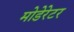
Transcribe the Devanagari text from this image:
मोडेरेटर